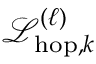
\mathcal { L } _ { \mathrm { h o p } , k } ^ { ( \ell ) }